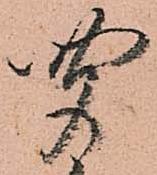
聞